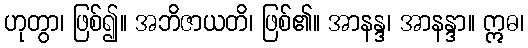
ဟုတွာ၊ ဖြစ်၍။ အဘိဇာယတိ၊ ဖြစ်၏။ အာနန္ဒ၊ အာနန္ဒာ။ ဣဓ၊